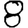
Digit: 8